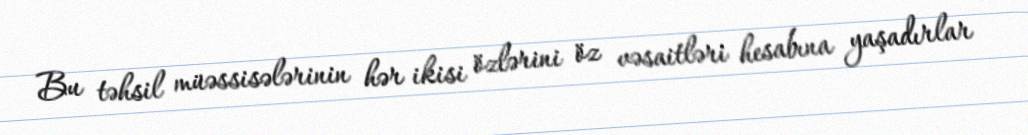
Bu təhsil müəssisələrinin hər ikisi özlərini öz vəsaitləri hesabına yaşadırlar